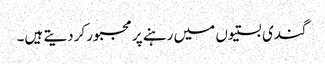
گندی بستیوں میں رہنے پر مجبور کردیتے ہیں۔